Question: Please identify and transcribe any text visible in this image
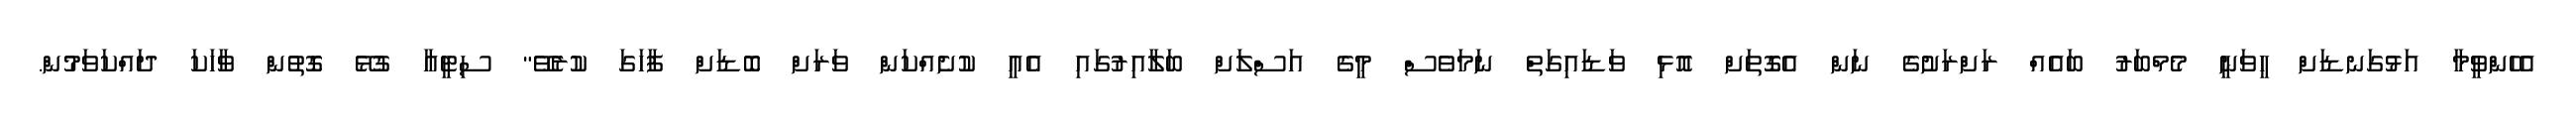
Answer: އެހެންވީމާ އަޅުގަނޑަށް ހީވަނީ މެމްބަރު ބައެއް ރަށްރަށުގެ ނަން އެގޮތަށް އޮޅި ވަޑައިގަތް ނަމަވެސް މީގެ އަސްލަށް ބަލާއިރުގައި އެއީ ކުށެއްކަން ވަރަށް ބޮޑަށް ފާހަގަ ކުރެވޭ" ސިޓީއާ ގުޅޭ ގޮތުން ވާހަކަ ދައްކަވަމުން.